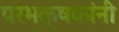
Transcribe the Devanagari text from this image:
परभक्षकांनी